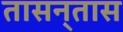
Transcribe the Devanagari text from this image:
तासन्‌तास